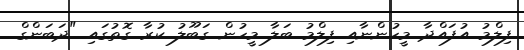
ފިލްމު އުފައްދާ މީހުންނާއި ފިލްމު ބަލާ މީހުން ގަބޫލު ކުރާ ގޮތުގައި "ދަބަންގް